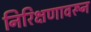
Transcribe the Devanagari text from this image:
निरिक्षणावरून